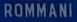
ROMMANI